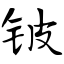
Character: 铍